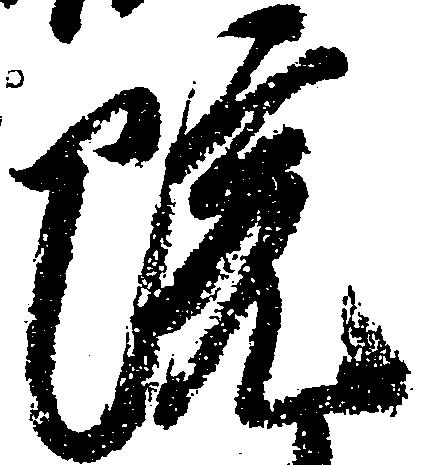
院